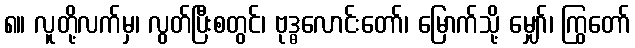
၈။ လူတို့လက်မှ၊ လွတ်ပြီးစတွင်၊ ဗုဒ္ဓလောင်းတော်၊ မြောက်သို့ မျှော်၊ ကြွတော်